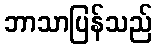
ဘာသာပြန်သည်